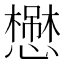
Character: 𢣬